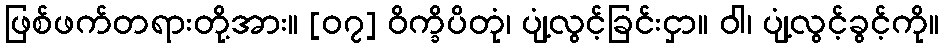
ဖြစ်ဖက်တရားတို့အား။ [၀၇] ဝိက္ခိပိတုံ၊ ပျံ့လွင့်ခြင်းငှာ။ ဝါ၊ ပျံ့လွင့်ခွင့်ကို။